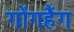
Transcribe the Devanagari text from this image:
गोंगहैंग